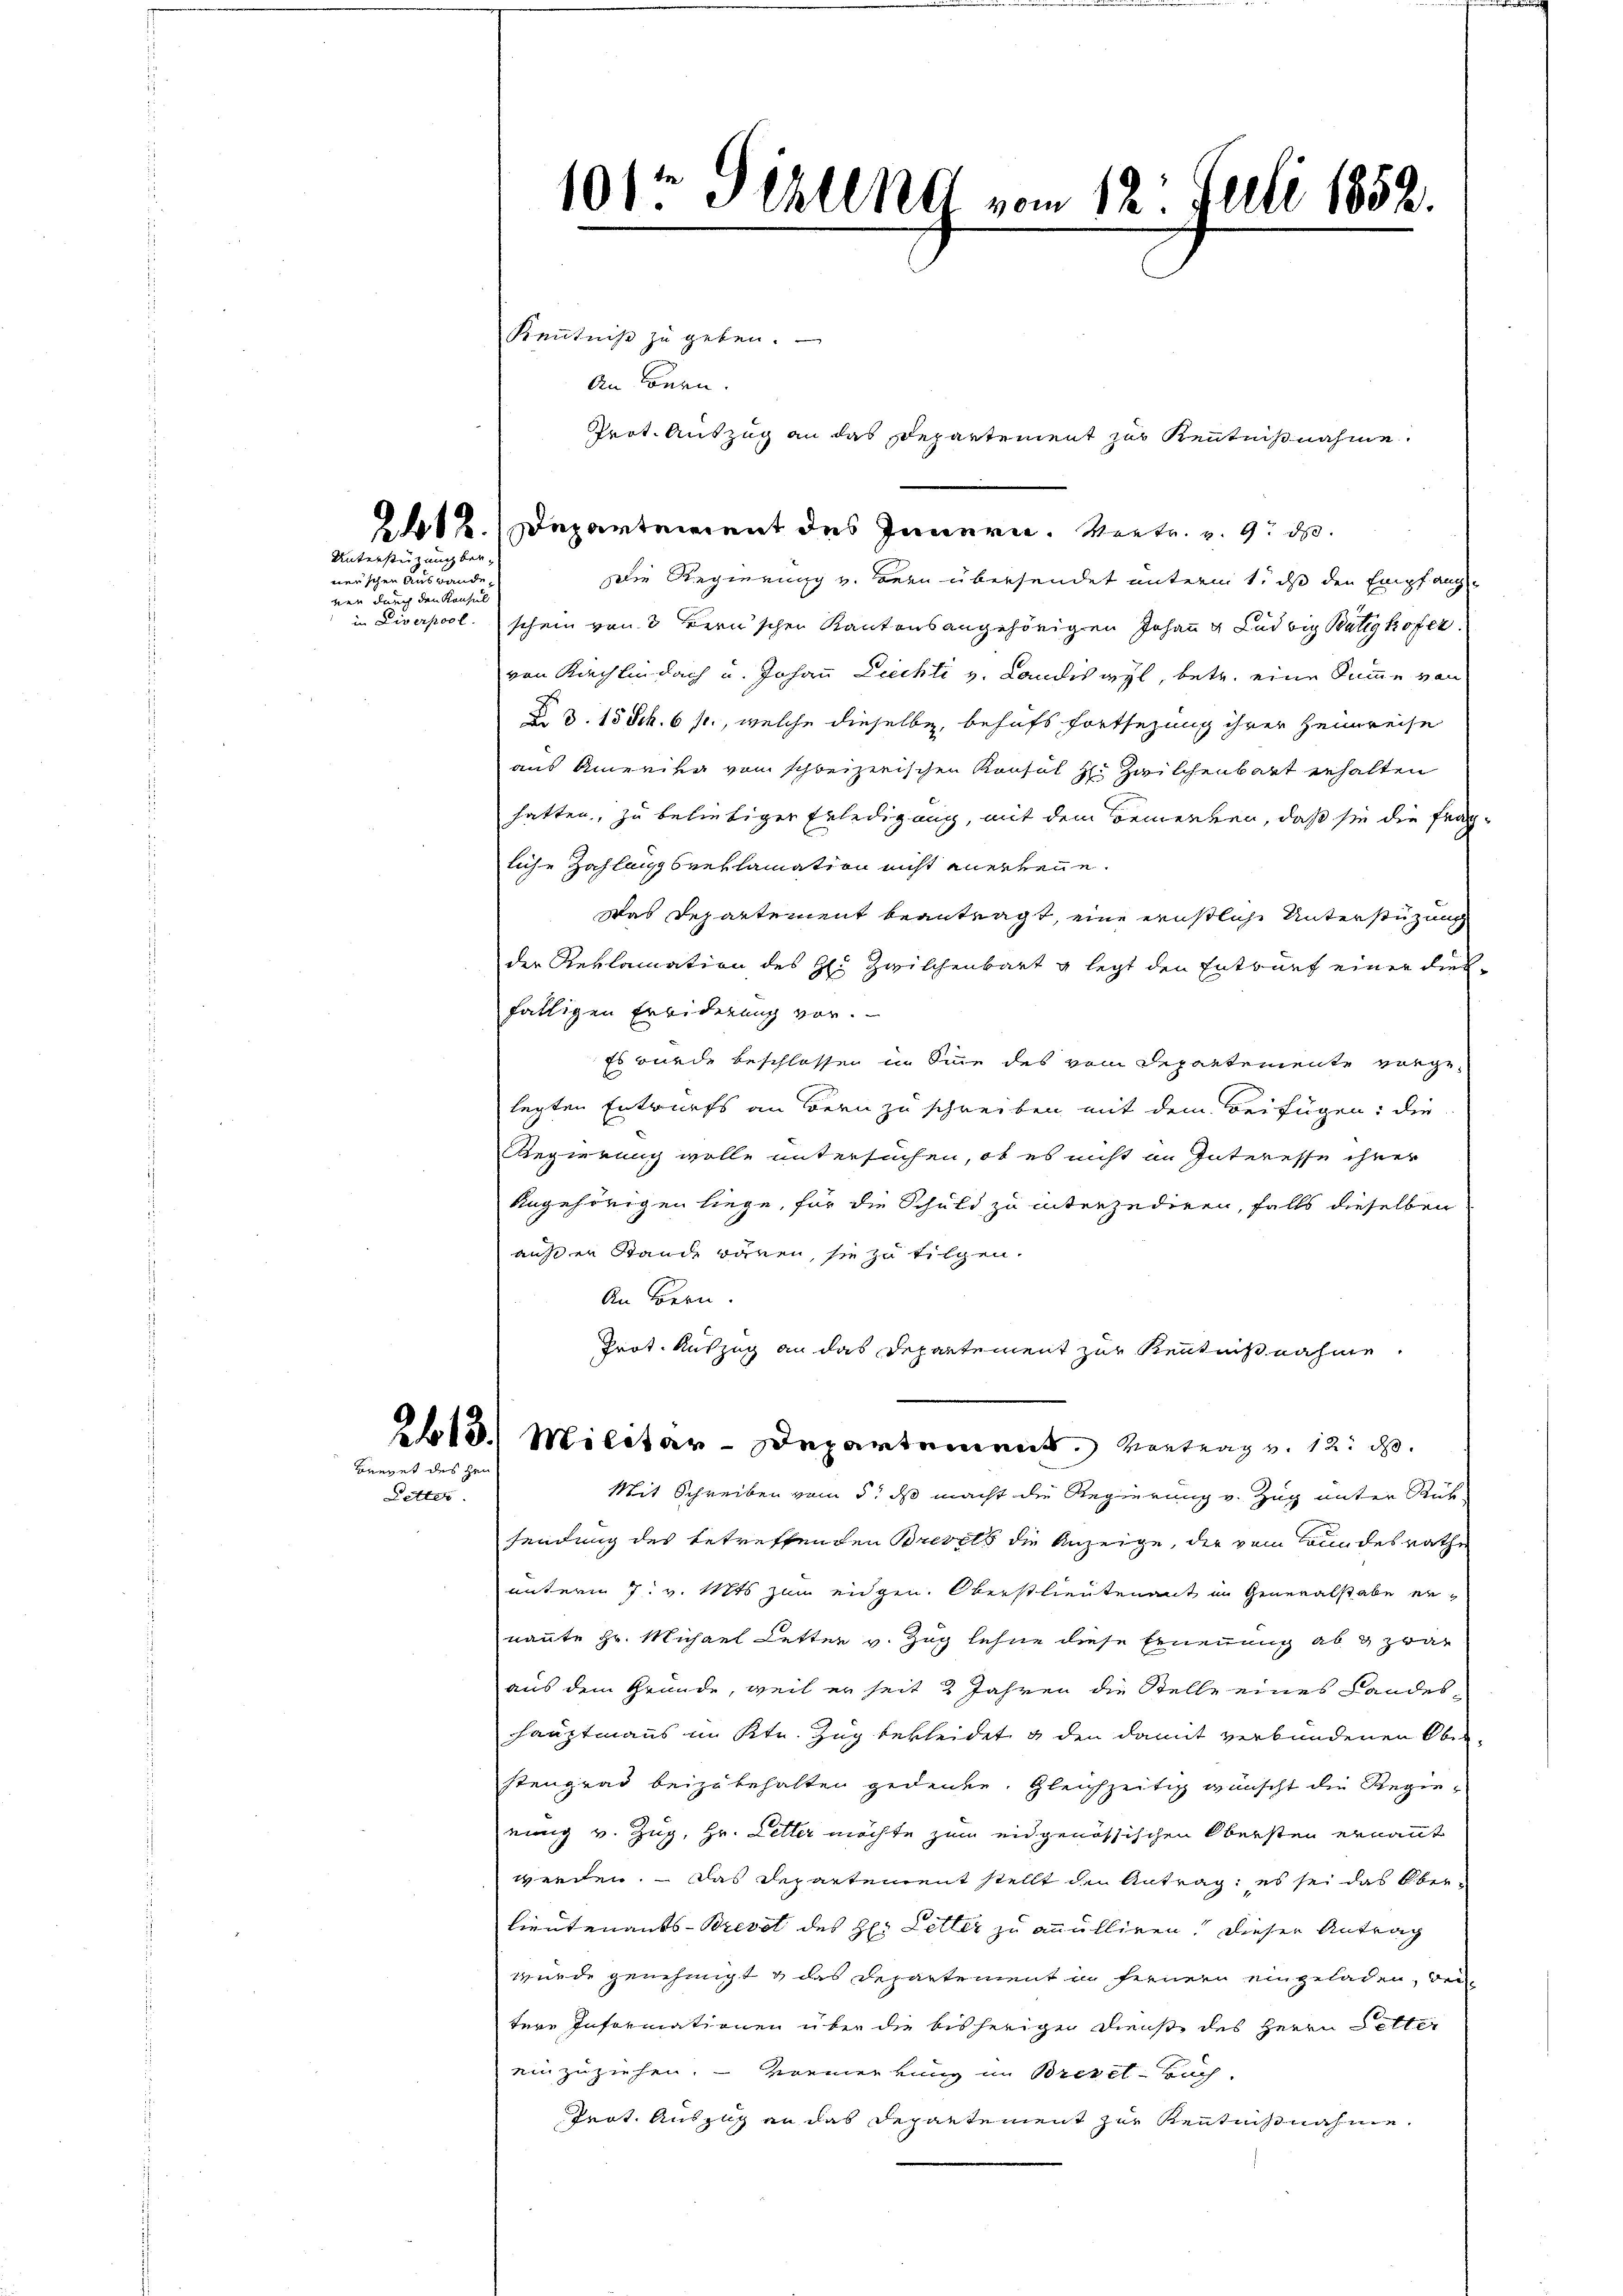
Unterstüzung bei
ner’schen Ausbaude.
nen durch den Konsul

Brevet des Hen
Letter

Kenntniß zu geben.
An Bern.

101t Schling vom 12. Juli 1852.

412. Departement des Innern. Vertr. v. 9. 800.
Die Regierung v. dern übersendet unterm 1. ds den Empfang
in Liverpool schein von 3 Bern’schen Kantonsangehörigen Johann u. Ludwig Butty kofer
von Kirchlin dach u. Johann Liechli v. Landisayl, betr. eine Summe von
Z. d. 15 Stk. 6 f., welche dieselbe, behufs fortsezung ihrer Heimreise
aus Amerika vom schweizerischen Konsul zu Zwilchenbart erhalten
hatten, zu beliebiger Erledigung, mit dem Bemerken, daß sie die frag-
liche Zahlungsreklamation nicht anerkenne.
Was Departement beantragt, eine ernstliche Unterstüzung
der Reklamation des H. Zwilchenbart g legt den Entwurf einer diesfälligen Erbiderung vor.
Es wurde beschlossen in Sinne des vom Departemente vorgelegten Entwurfs an Bern zu schreiben mit dem Beifügen: die
Regierung wolle untersuchen, ob es nicht in Interesse ihrer
Angehörigen liege, für die Schuld zu interzediren, falls dieselben
außer Stande ränen, sie zu tilgen.
An Bern.
Prot. Auszug an das Departement zur Kenntnißnahme
213. Militar-Departement. Vortrag v. 12. d.
Mit Schreiben vom 5. ds macht die Regierung v. Zug unter Rüksendung des betreffenden Brevels die Anzeige, der vom Bundesrathe
unterm 7. v. Mts zum eidgen. Oberstlieutenant im Generalstabe ernannte Hr. Michael Letter v. Zug lehne diese Ernennung ab & zwar
aus dem Gründe, weil er seit 2 Jahren die Stelle eines Landes-
Hauptmanns im Ktn. Zug bekleidet & den damit verbundenen Oberstengrad beizubehalten gedenke. Gleichzeitig wünscht die Regieeinig v. Zug, Hr. Letter möchte zum eidgenössischen Obersten ernannt
werden. — Das Departement stellt den Antrag; es sei das Oberlieutenants-Brevet des H: Letter zu anulliren. Dieser Antrag
wurde genehmigt & das Departement im fernern eingeladen, der
tere Informationen über die bisherigen Dienst des Herrn Selter
einzuziehen. - Vormerkung im Bregel-Buch.
Prot. Auszug an das Departement zur Kenntnisnahme.

Prot. Auszug an das Departement zur Kenntnißnahme.